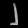
Digit: ၂